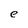
Character: e